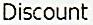
DISCOUNT